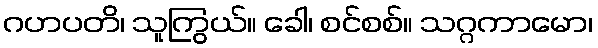
ဂဟပတိ၊ သူကြွယ်။ ခေါ၊ စင်စစ်။ သဂ္ဂကာမော၊